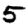
Digit: 5